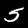
Digit: 5